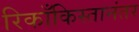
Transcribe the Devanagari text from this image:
रिकाँकिस्तानंतर